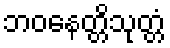
ဘဝနေတ္တိသုတ္တံ